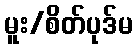
မူး/စိတ်ပုဒ်မ